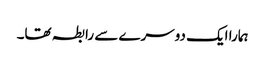
ہمارا ایک دوسرے سے رابطہ تھا۔